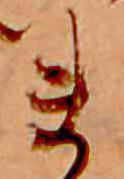
ま